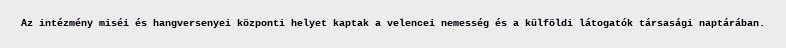
Az intézmény miséi és hangversenyei központi helyet kaptak a velencei nemesség és a külföldi látogatók társasági naptárában.